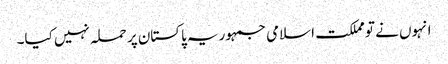
انہوں نے تو مملکت اسلامی جمہوریہ پاکستان پر حملہ نہیں کیا۔